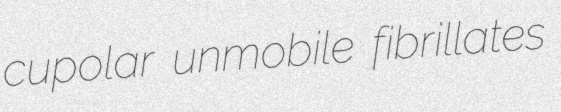
cupolar unmobile fibrillates